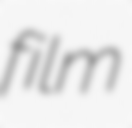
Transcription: film